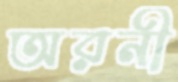
অরনী